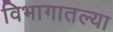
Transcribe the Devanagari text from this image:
विभागातल्या